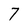
Character: 7